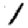
Digit: 1